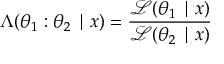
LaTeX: \Lambda ( \theta _ { 1 } : \theta _ { 2 } \mid x ) = { \frac { { \mathcal { L } } ( \theta _ { 1 } \mid x ) } { { \mathcal { L } } ( \theta _ { 2 } \mid x ) } }